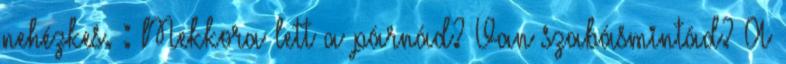
nehézkes. : Mekkora lett a párnád? Van szabásmintád? A